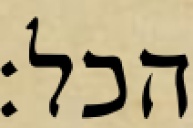
הכל: